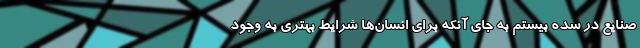
صنایع در سده بیستم به جای آنکه برای انسان‌ها شرایط بهتری به وجود